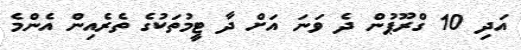
އަދި 10 ގްރޫޕުން ދެ ވަނަ އަށް ދާ ޓީމުތަކުގެ ތެރެއިން އެންމެ